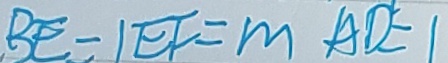
B E = 1 E F = m A D = 1